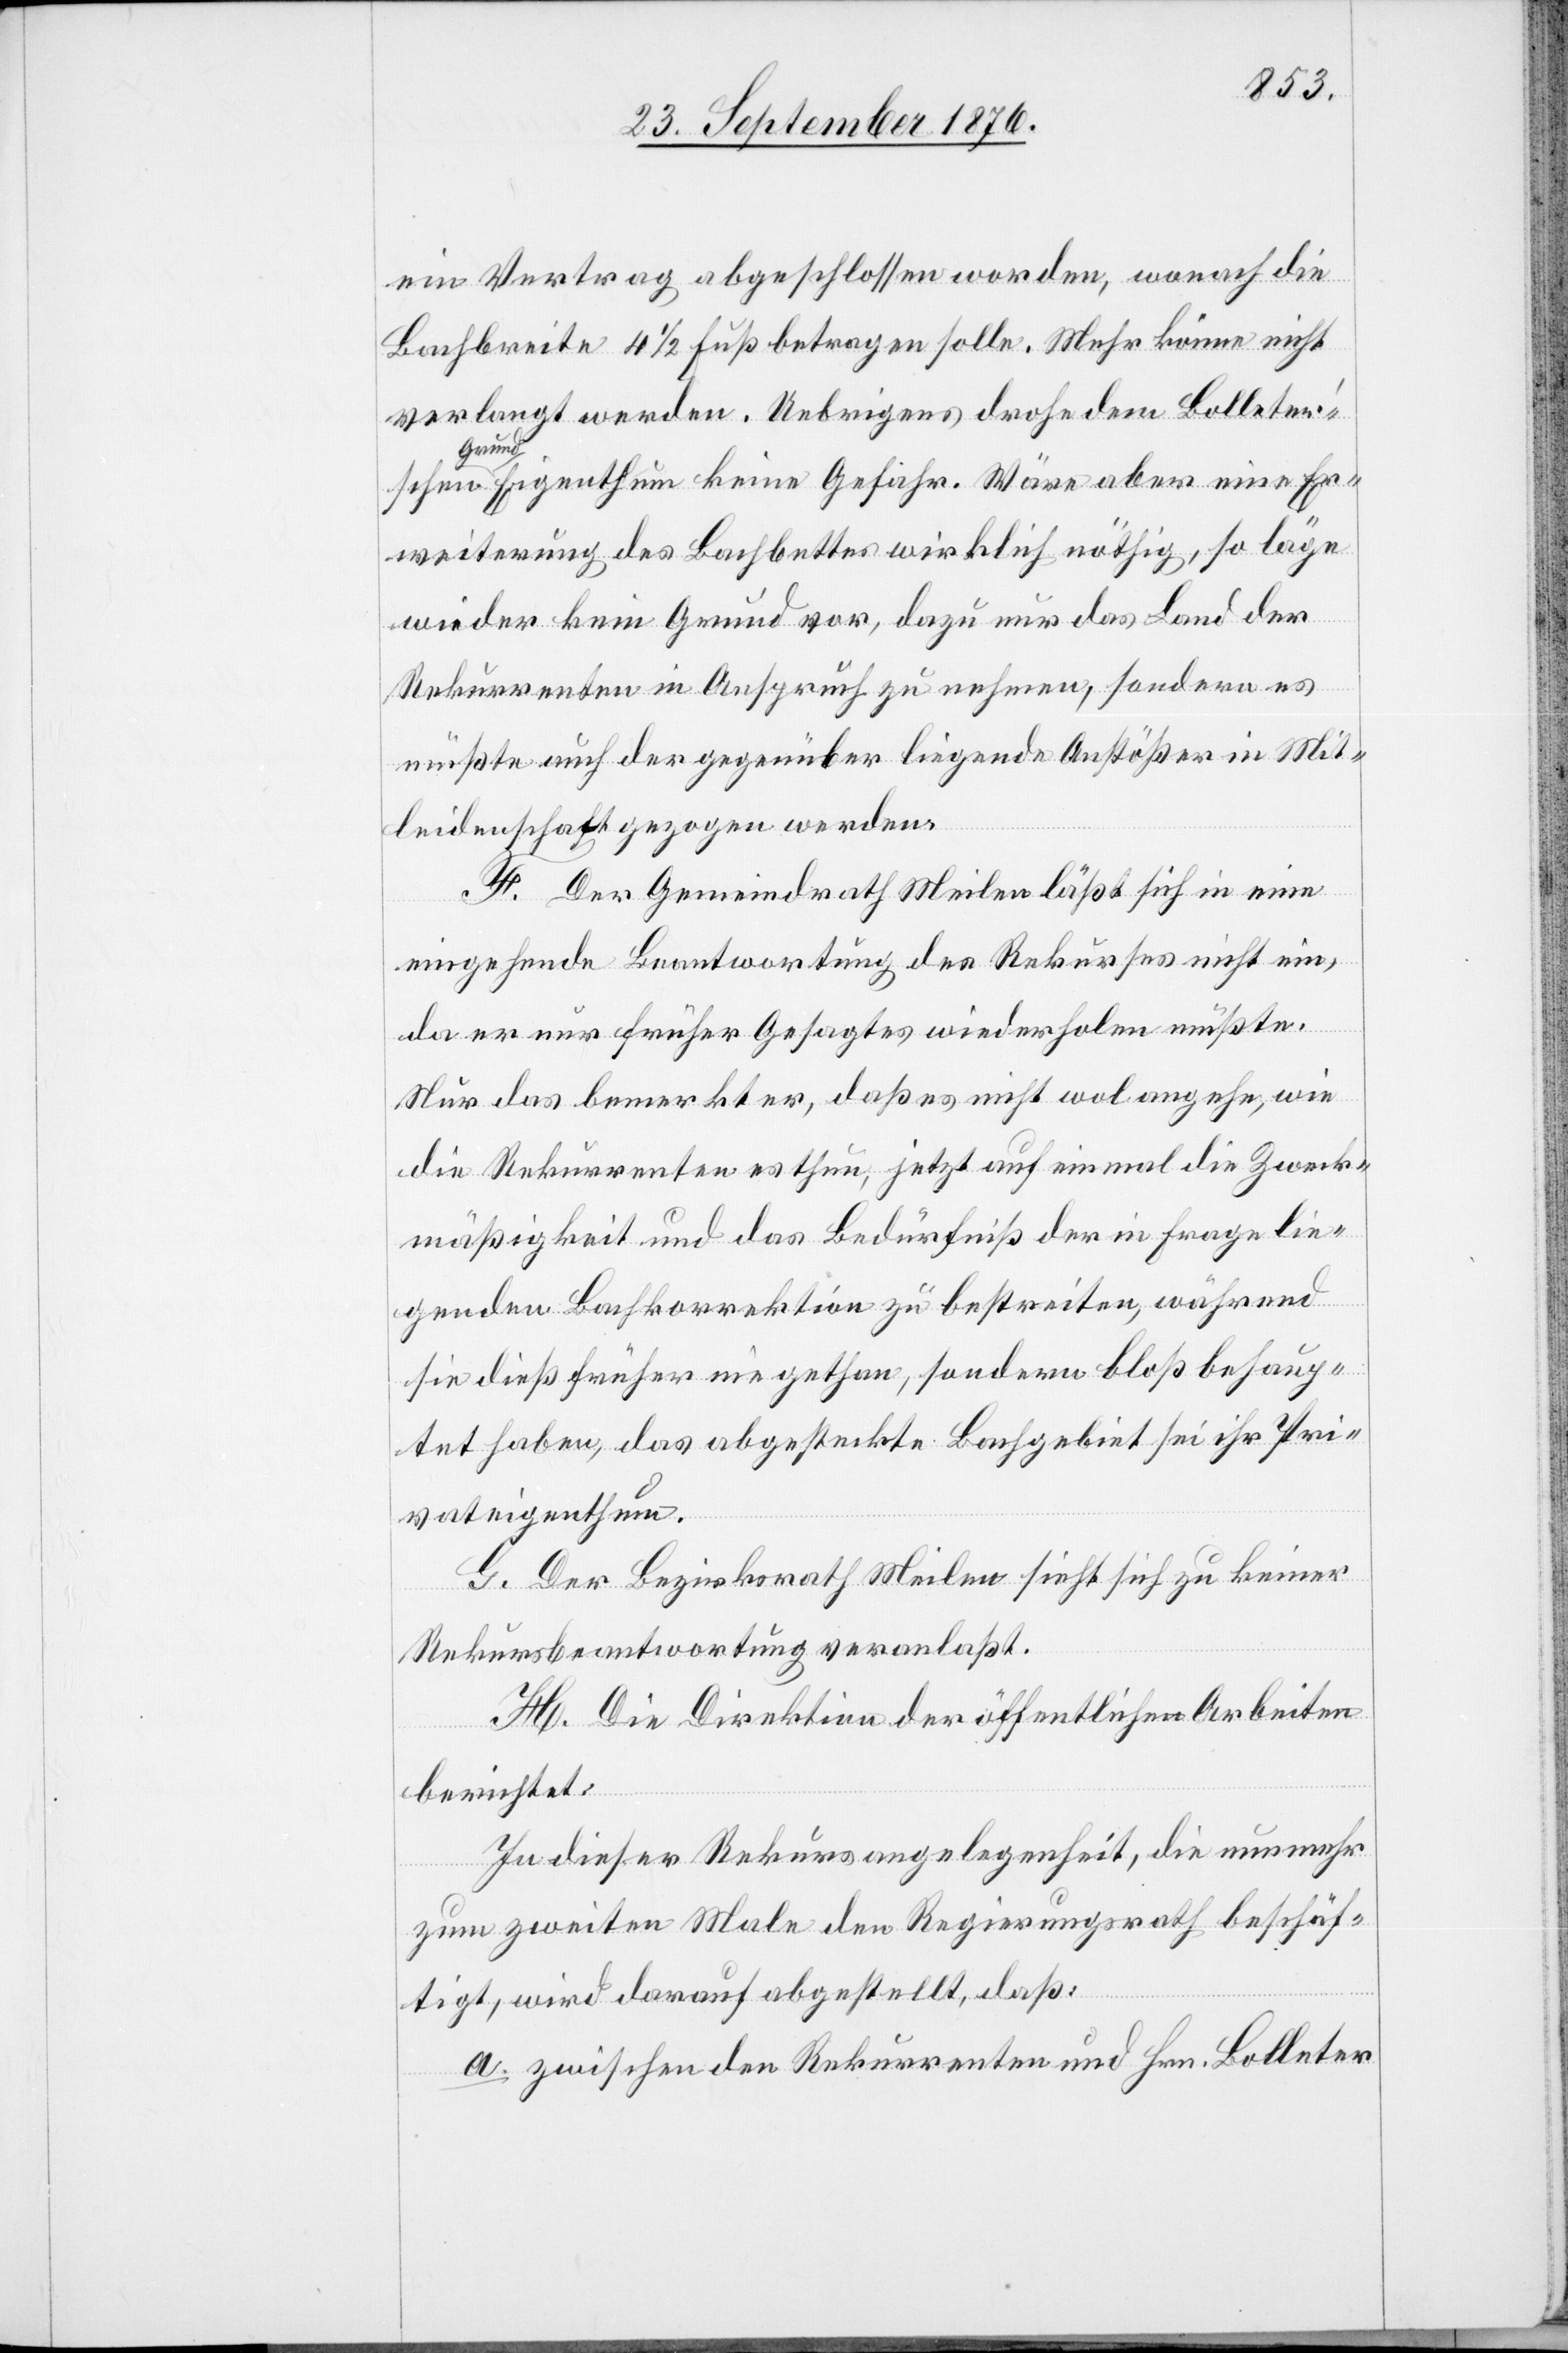
ein Vertrag abgeschlossen worden, wonach die
Bachbreite 4 1/2 Fuß betragen solle. Mehr könne nicht
verlangt werden. Uebrigens drohe dem Bolleter¬
Grund
weiterung des Bachbettes wirklich nöthig, so läge
wieder kein Grund vor, dazu nur das Land der
Rekurrenten in Anspruch zu nehmen, sondern es
müßte auch der gegenüber liegende Anstößer in Mit¬
leidenschaft gezogen werden.
F. Der Gemeindrath Meilen läßt sich in [re¬
eingehende Beantwortung des Rekurses nicht ein,
da er nur früher Gesagtes wiederholen müßte.
Nur das bemerkt er, daß es nicht wol angehe, wie
die Rekurrenten es thun, jetzt auf einmal die Zweck¬
mäßigkeit und das Bedürfniß der in Frage lie¬
genden Bachkorrektion zu bestreiten, während
sie dieß früher nie gethan, sondern bloß behaup¬
tet haben, das abgesteckte Bachgebiet sei ihr Pri¬
vateigenthum.
G. Der Bezirksrath Meilen sieht sich zu keiner
Rekursbeantwortung veranlaßt.
H. Die Direktion der öffentlichen Arbeiten
berichtet:
In dieser Rekursangelegenheit, die nunmehr
eine
zum zweiten Male den Regierungsrath beschäf¬
tigt, wird darauf abgestellt, daß:
a. zwischen den Rekurrenten und Hrn. Bolleter
cte: